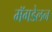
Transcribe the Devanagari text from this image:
मॅगडेलन